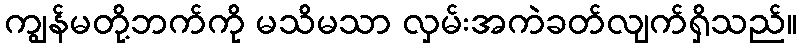
ကျွန်မတို့ဘက်ကို မသိမသာ လှမ်းအကဲခတ်လျက်ရှိသည်။